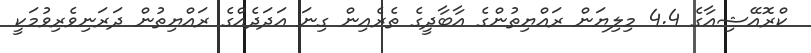
ކްރޮއޭޝިއާގެ 4.4 މިލިޔަން ރައްޔިތުންގެ އާބާދީގެ ތެރެއިން ގިނަ އަދަދެއްގެ ރައްޔިތުން ދަރަނިވެރިވުމަކީ